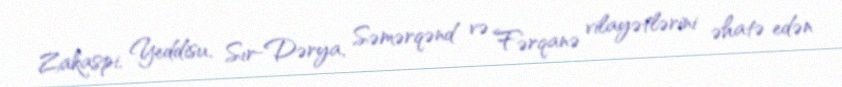
Zakaspi, Yeddisu, Sır-Dərya, Səmərqənd və Fərqanə vilayətlərini əhatə edən